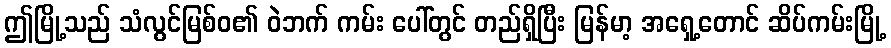
ဤမြို့သည် သံလွင်မြစ်ဝ၏ ဝဲဘက် ကမ်း ပေါ်တွင် တည်ရှိပြီး မြန်မာ့ အရှေ့တောင် ဆိပ်ကမ်းမြို့